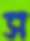
স